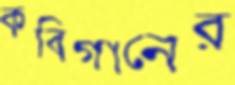
কবিগানের